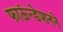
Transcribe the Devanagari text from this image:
फाऊंन्‍डेशनने